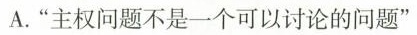
A.”主权问题不是一个可以讨论的问题”